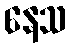
နေသ